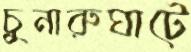
চুনারুঘাটে